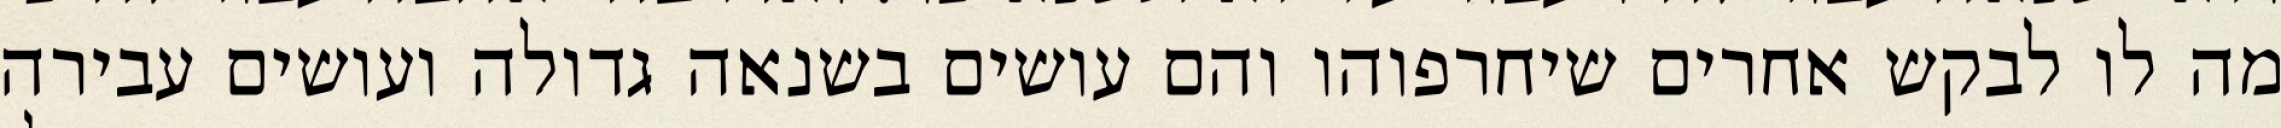
מה לו לבקש אחרים שיחרפוהו והם עושים בשנאה גדולה ועושים עבירה